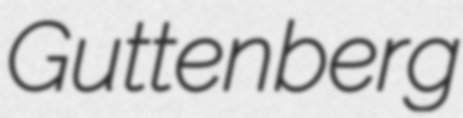
Guttenberg